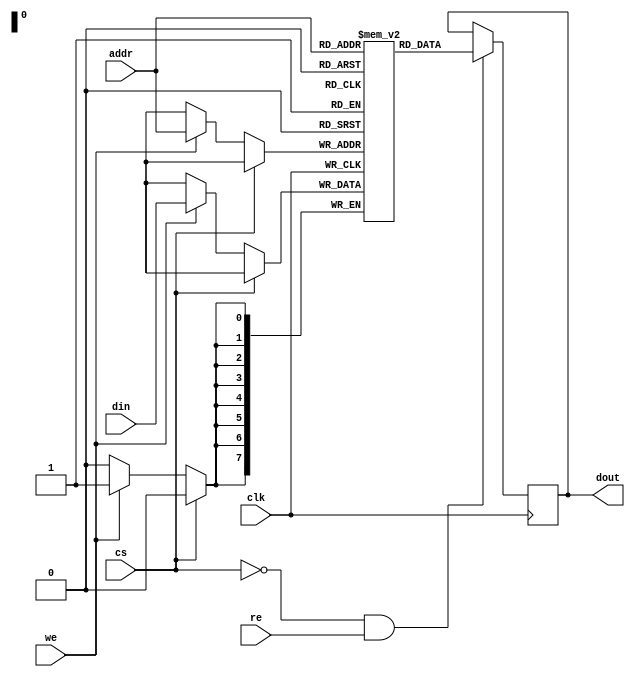
module SRAM #(
    parameter WIDTH = 8,      // Number of bits per word
    parameter DEPTH = 256      // Number of words
)(
    input wire clk,            // Clock signal
    input wire cs,             // Chip Select
    input wire we,             // Write Enable
    input wire re,             // Read Enable
    input wire [7:0] addr,     // Address input (8-bit for 256 words)
    input wire [WIDTH-1:0] din, // Data input
    output reg [WIDTH-1:0] dout // Data output
);

    // Memory array declaration
    reg [WIDTH-1:0] mem [0:DEPTH-1];

    // Read and write operations
    always @(posedge clk) begin
        if (!cs) begin
            if (we) begin
                // Write operation
                mem[addr] <= din;
            end
        end
    end

    always @(negedge clk) begin
        if (!cs && re) begin
            // Read operation
            dout <= mem[addr];
        end
    end

    // Optional: Power management and low-power modes can be added here
    // Optional: BIST capabilities can be added here

endmodule